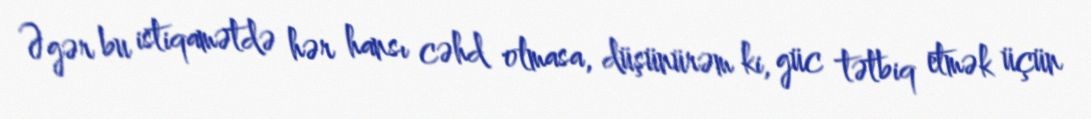
Əgər bu istiqamətdə hər hansı cəhd olmasa, düşünürəm ki, güc tətbiq etmək üçün